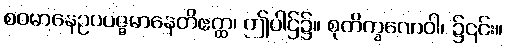
စဝမာနေဥပပဇ္ဇမာနေတိဧတ္ထ၊ ဤပါဌ်၌။ စုတိက္ခဏေဝါ၊ ၌၎င်း။